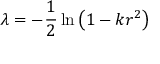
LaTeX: \lambda = - { \frac { 1 } { 2 } } \ln \left( 1 - k r ^ { 2 } \right)